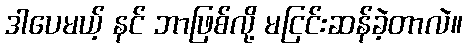
ဒါပေမယ့် နင် ဘာဖြစ်လို့ မငြင်းဆန်ခဲ့တာလဲ။